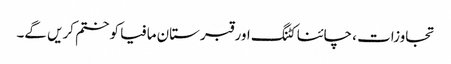
تجاوزات ، چائنا کٹنگ اور قبرستان مافیا کو ختم کریں گے۔